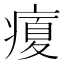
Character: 𤹉